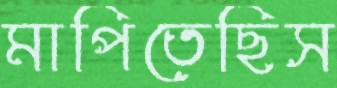
মাপিতেছিস